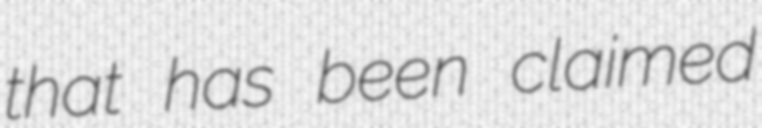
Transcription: that has been claimed